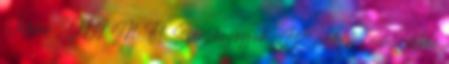
Vételár 30,07 M Ft Szerzői jogok Az Index.hu adatvédelmi